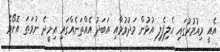
އެއީ މިއުމުރުގައި ހެލިފެލި އުޅުން މަދުވުމާއި އަބަދު އެއްތަނެއްގައި އިށީދެ ނުވަތަ އޮށޯވެ